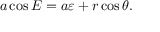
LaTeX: a \cos E = a \varepsilon + r \cos \theta .